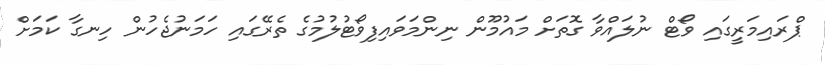
ޕްރައިމަރީގައި ވޯޓް ނުލައްވާ ގޮތަށް މައުމޫން ނިންމަވައިފިވޯޓުލުމުގެ ތެރޭގައި ހަމަނުޖެހުން ހިނގާ ކަމަށް